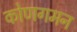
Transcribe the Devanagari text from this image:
कोणगमन